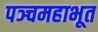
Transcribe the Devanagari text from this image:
पञ्चमहाभूत